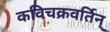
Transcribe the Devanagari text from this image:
कविचक्रवर्तिन्